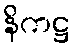
နိကဋ္ဌ